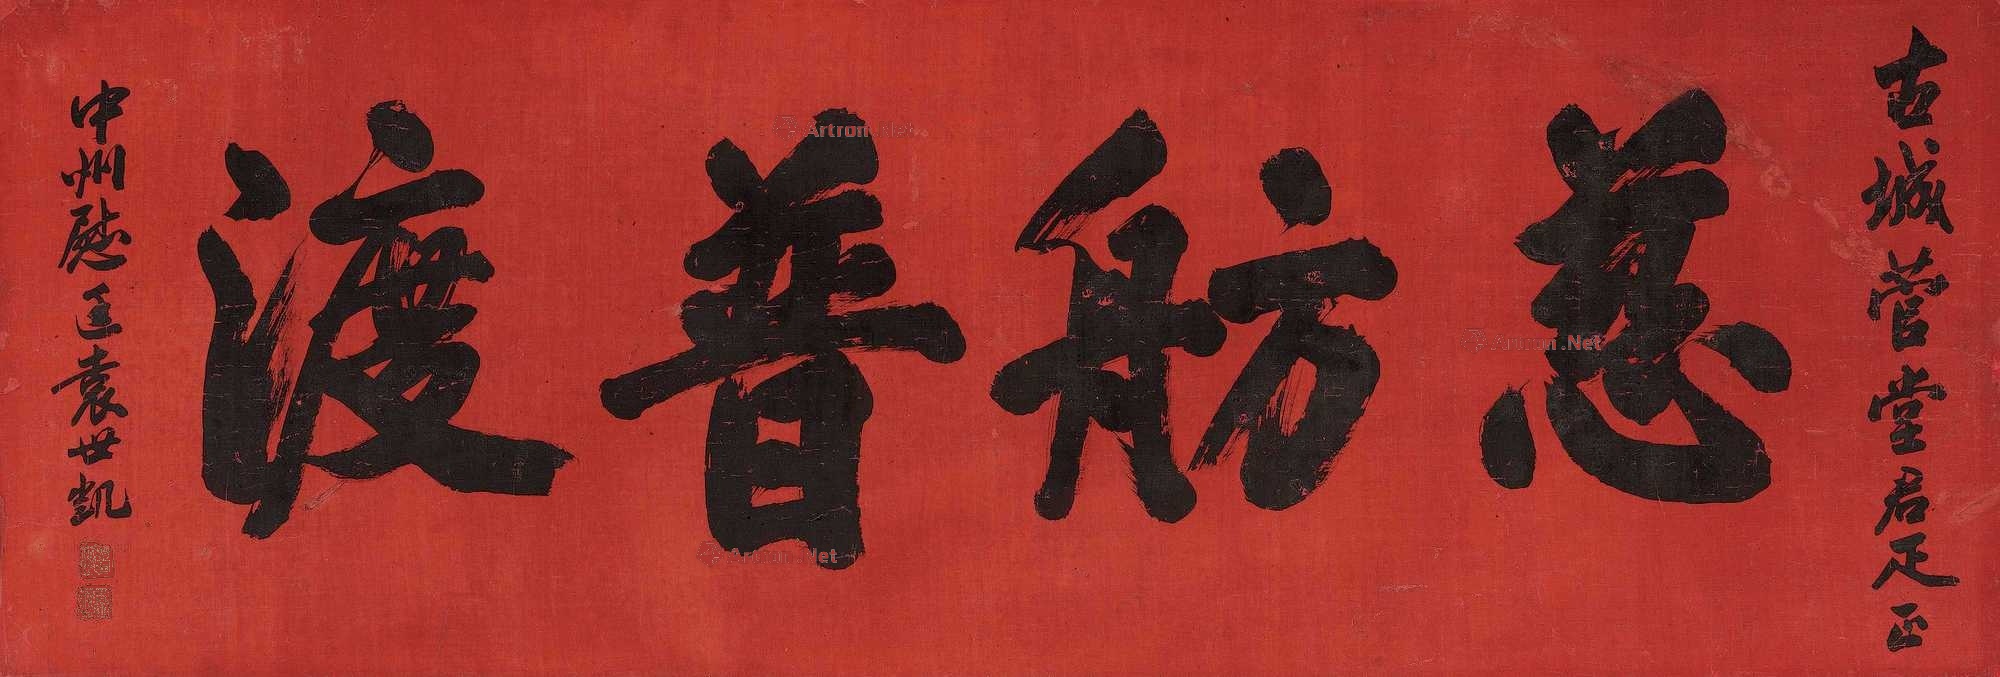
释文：慈航普渡。古城菅堂君雅正。中州慰廷袁世凯。